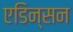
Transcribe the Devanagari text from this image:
एडिन्सन